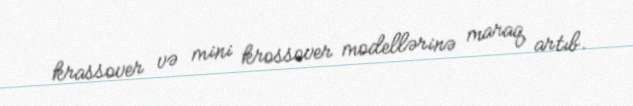
krassover və mini krossover modellərinə maraq artıb.